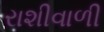
રાશીવાળી